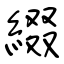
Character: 綴